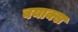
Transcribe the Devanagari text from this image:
वयाक्स